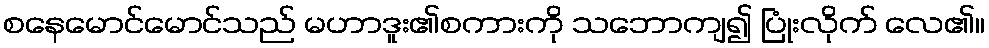
စနေမောင်မောင်သည် မဟာဒူး၏စကားကို သဘောကျ၍ ပြုံးလိုက် လေ၏။